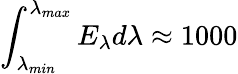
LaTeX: \int_{\lambda_{min}}^{\lambda_{max}}E_{\lambda}d\lambda\approx 1000